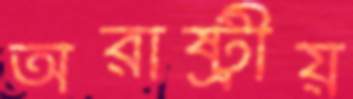
অরাষ্ট্রীয়